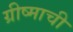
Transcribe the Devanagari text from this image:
ग्रीष्माची